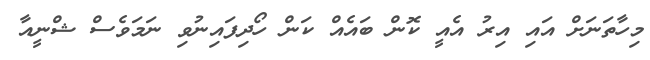
މިހާތަނަށް އައި އިރު އެއީ ކޮން ބައެއް ކަން ހޯދިފައިނުވި ނަމަވެސް ޝްނީއާ